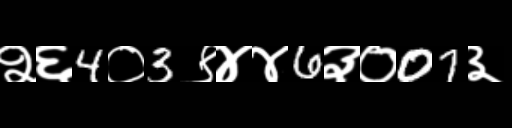
Text: २६4०3९४४6३०07३